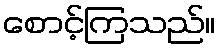
စောင့်ကြသည်။